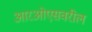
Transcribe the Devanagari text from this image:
आरओएसवरील